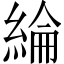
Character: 綸